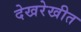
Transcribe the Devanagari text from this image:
देखरेखीत